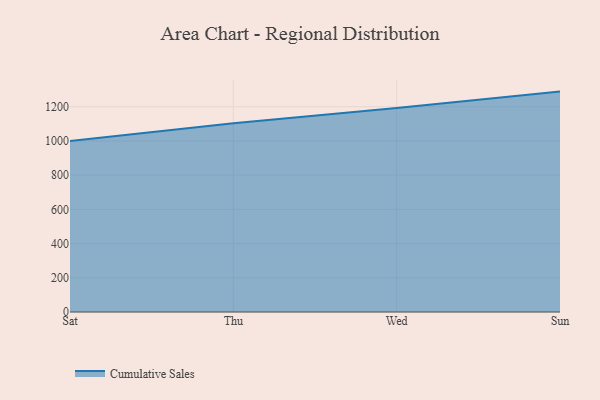
{"axis": {"x": "Day", "y": "Revenue (USD Million)"}, "legend": ["Cumulative Sales"], "data": [{"x": "Sat", "y": 1000.0, "type": "Cumulative Sales"}, {"x": "Thu", "y": 1103.9, "type": "Cumulative Sales"}, {"x": "Wed", "y": 1192.0, "type": "Cumulative Sales"}, {"x": "Sun", "y": 1288.4, "type": "Cumulative Sales"}]}